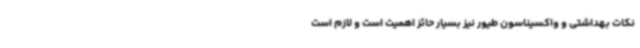
نکات بهداشتی و واکسیناسون طیور نیز بسیار حائز اهمیت است و لازم است